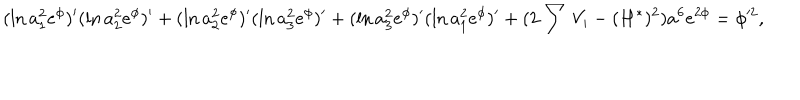
LaTeX: ( \ln a _ { 1 } ^ { 2 } e ^ { \phi } ) ^ { \prime } ( \ln a _ { 2 } ^ { 2 } e ^ { \phi } ) ^ { \prime } + ( \ln a _ { 2 } ^ { 2 } e ^ { \phi } ) ^ { \prime } ( \ln a _ { 3 } ^ { 2 } e ^ { \phi } ) ^ { \prime } + ( \ln a _ { 3 } ^ { 2 } e ^ { \phi } ) ^ { \prime } ( \ln a _ { 1 } ^ { 2 } e ^ { \phi } ) ^ { \prime } + ( 2 \sum V _ { i } - ( H ^ { \ast } ) ^ { 2 } ) a ^ { 6 } e ^ { 2 \phi } = \phi ^ { \prime 2 } ,